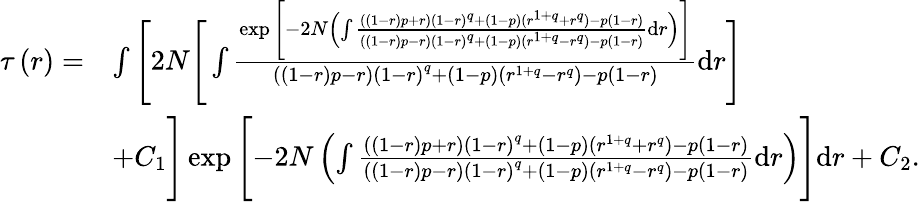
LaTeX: \begin{array}{rl}{\tau\left(r\right)=}&{\int\Bigg[2N\Bigg[\int\frac{\exp\Bigg[{-2N\left(\int\frac{\left(\left(1-r\right)p+r\right)\left(1-r\right)^{q}+\left(1-p\right)(r^{1+q}+r^{q})-p\left(1-r\right)}{\left(\left(1-r\right)p-r\right)\left(1-r\right)^{q}+\left(1-p\right)(r^{1+q}-r^{q})-p\left(1-r\right)}\mathrm{d}r\right)}\Bigg]}{\left(\left(1-r\right)p-r\right)\left(1-r\right)^{q}+\left(1-p\right)(r^{1+q}-r^{q})-p\left(1-r\right)}\mathrm{d}r\Bigg]}\\ &{+C_{1}\Bigg]\exp\Bigg[{-2N\left(\int\frac{\left(\left(1-r\right)p+r\right)\left(1-r\right)^{q}+\left(1-p\right)(r^{1+q}+r^{q})-p\left(1-r\right)}{\left(\left(1-r\right)p-r\right)\left(1-r\right)^{q}+\left(1-p\right)(r^{1+q}-r^{q})-p\left(1-r\right)}\mathrm{d}r\right)}\Bigg]\mathrm{d}r+C_{2}.}\end{array}